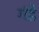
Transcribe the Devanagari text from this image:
गंडे